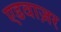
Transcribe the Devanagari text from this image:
एडवाज़र